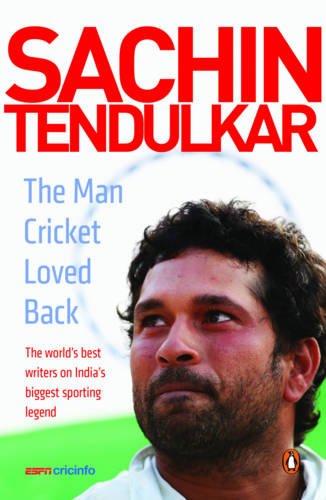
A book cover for Sachin Tendulkar: The Man Cricket Loved Back; ESPNcricinfo; Sports & Outdoors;